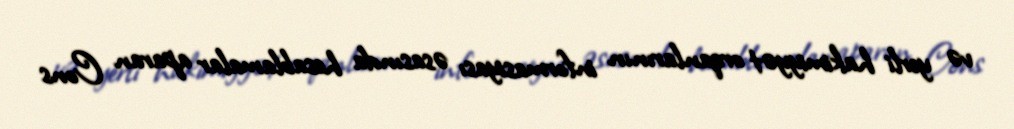
və yerli hakimiyyət orqanlarının informasiyası əsasında hesablamalar aparan Cons